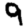
Digit: 9